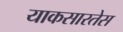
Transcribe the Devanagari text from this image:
याकसारतेस